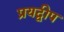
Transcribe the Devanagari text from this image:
प्रयद्वीप